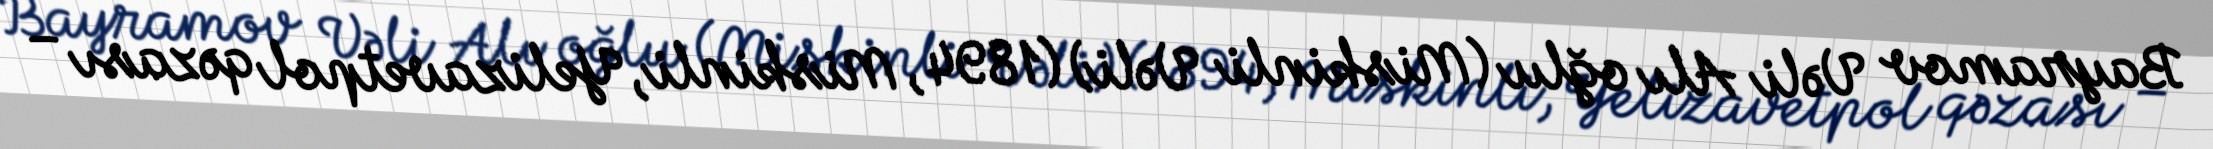
Bayramov Vəli Alı oğlu (Miskinli Vəli) (1894, Miskinli, Yelizavetpol qəzası –